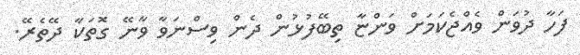
ފަހާ ދުވަން ވެއްޖެކަމަށް ވަންޏާ ތިބޭފުޅުން ދެން ވިސްނަވާ ވާނޭ ގޮތަކާ ދޭތެރޭ.